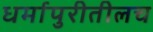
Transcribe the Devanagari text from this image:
धर्मापुरीतीलच